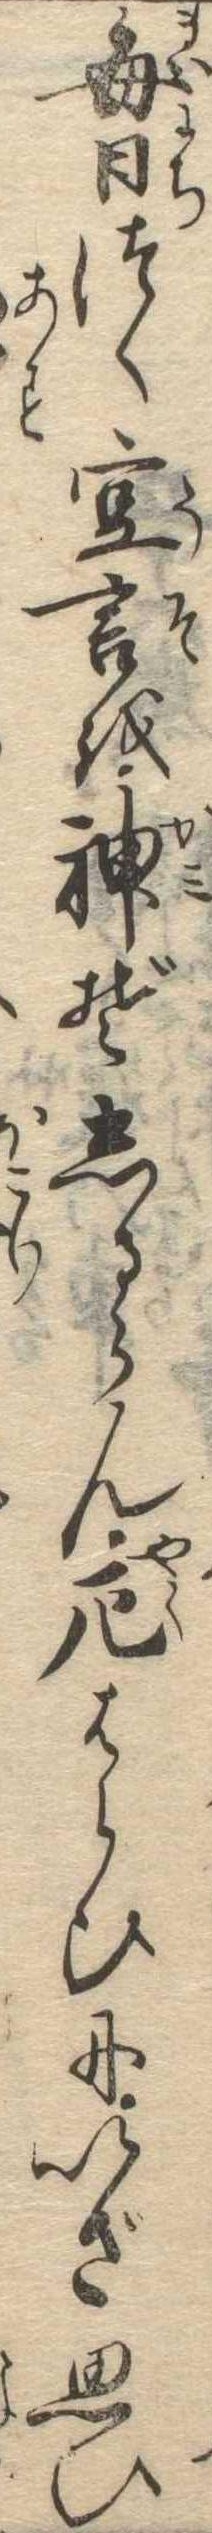
毎日つく空言を神ぞしるらん厄はらひにいざ思ひ